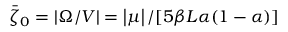
\bar { \zeta } _ { 0 } = | \Omega / V | = \left| \mu \right| / [ 5 \beta L \alpha ( 1 - \alpha ) ]